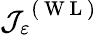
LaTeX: \mathcal{J}_{\varepsilon}^{\mathrm{~(~W~L~)~}}